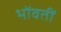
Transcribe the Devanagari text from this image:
भोंवतीं